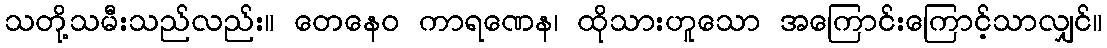
သတို့သမီးသည်လည်း။ တေနေဝ ကာရဏေန၊ ထိုသားဟူသော အကြောင်းကြောင့်သာလျှင်။